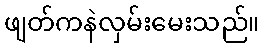
ဖျတ်ကနဲလှမ်းမေးသည်။